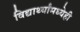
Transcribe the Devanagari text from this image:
विद्यार्थ्यांमध्येही